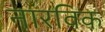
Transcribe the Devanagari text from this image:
नारविक